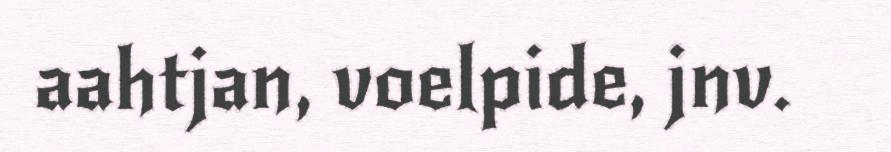
aahtjan, voelpide, jnv.